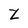
Character: Z